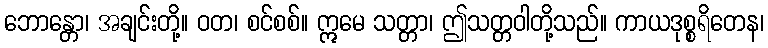
ဘောန္တော၊ အချင်းတို့။ ဝတ၊ စင်စစ်။ ဣမေ သတ္တာ၊ ဤသတ္တဝါတို့သည်။ ကာယဒုစ္စရိတေန၊